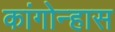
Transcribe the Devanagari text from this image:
कांगोन्हास